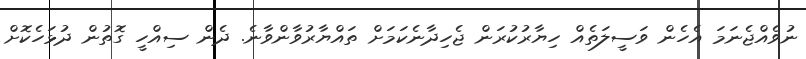
ނުވެއްޖެނަމަ އެހެން ވަސީލަތެއް ހިޔާރުކުރަން ޖެހިދާނެކަމަށް ތައްޔާރުވާންވާނެ. ދެން ސިއްހީ ގޮތުން ދުޅަހެކޮށް